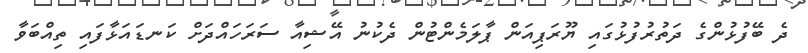
ދެ ބޭފުޅުންގެ ދަތުރުފުޅުގައި ޔޫރަޕިއަން ޕާލަމެންޓުން ދެކުނު އޭޝިއާ ސަރަހައްދަށް ކަނޑައަޅާފައި ތިއްބަވާ